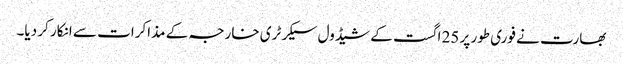
بھارت نے فوری طور پر 25 اگست کے شیڈول سیکرٹری خارجہ کے مذاکرات سے انکار کر دیا۔